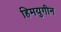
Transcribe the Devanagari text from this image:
हिमयुगीन